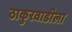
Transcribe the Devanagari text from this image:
ठाकुरवाडीला